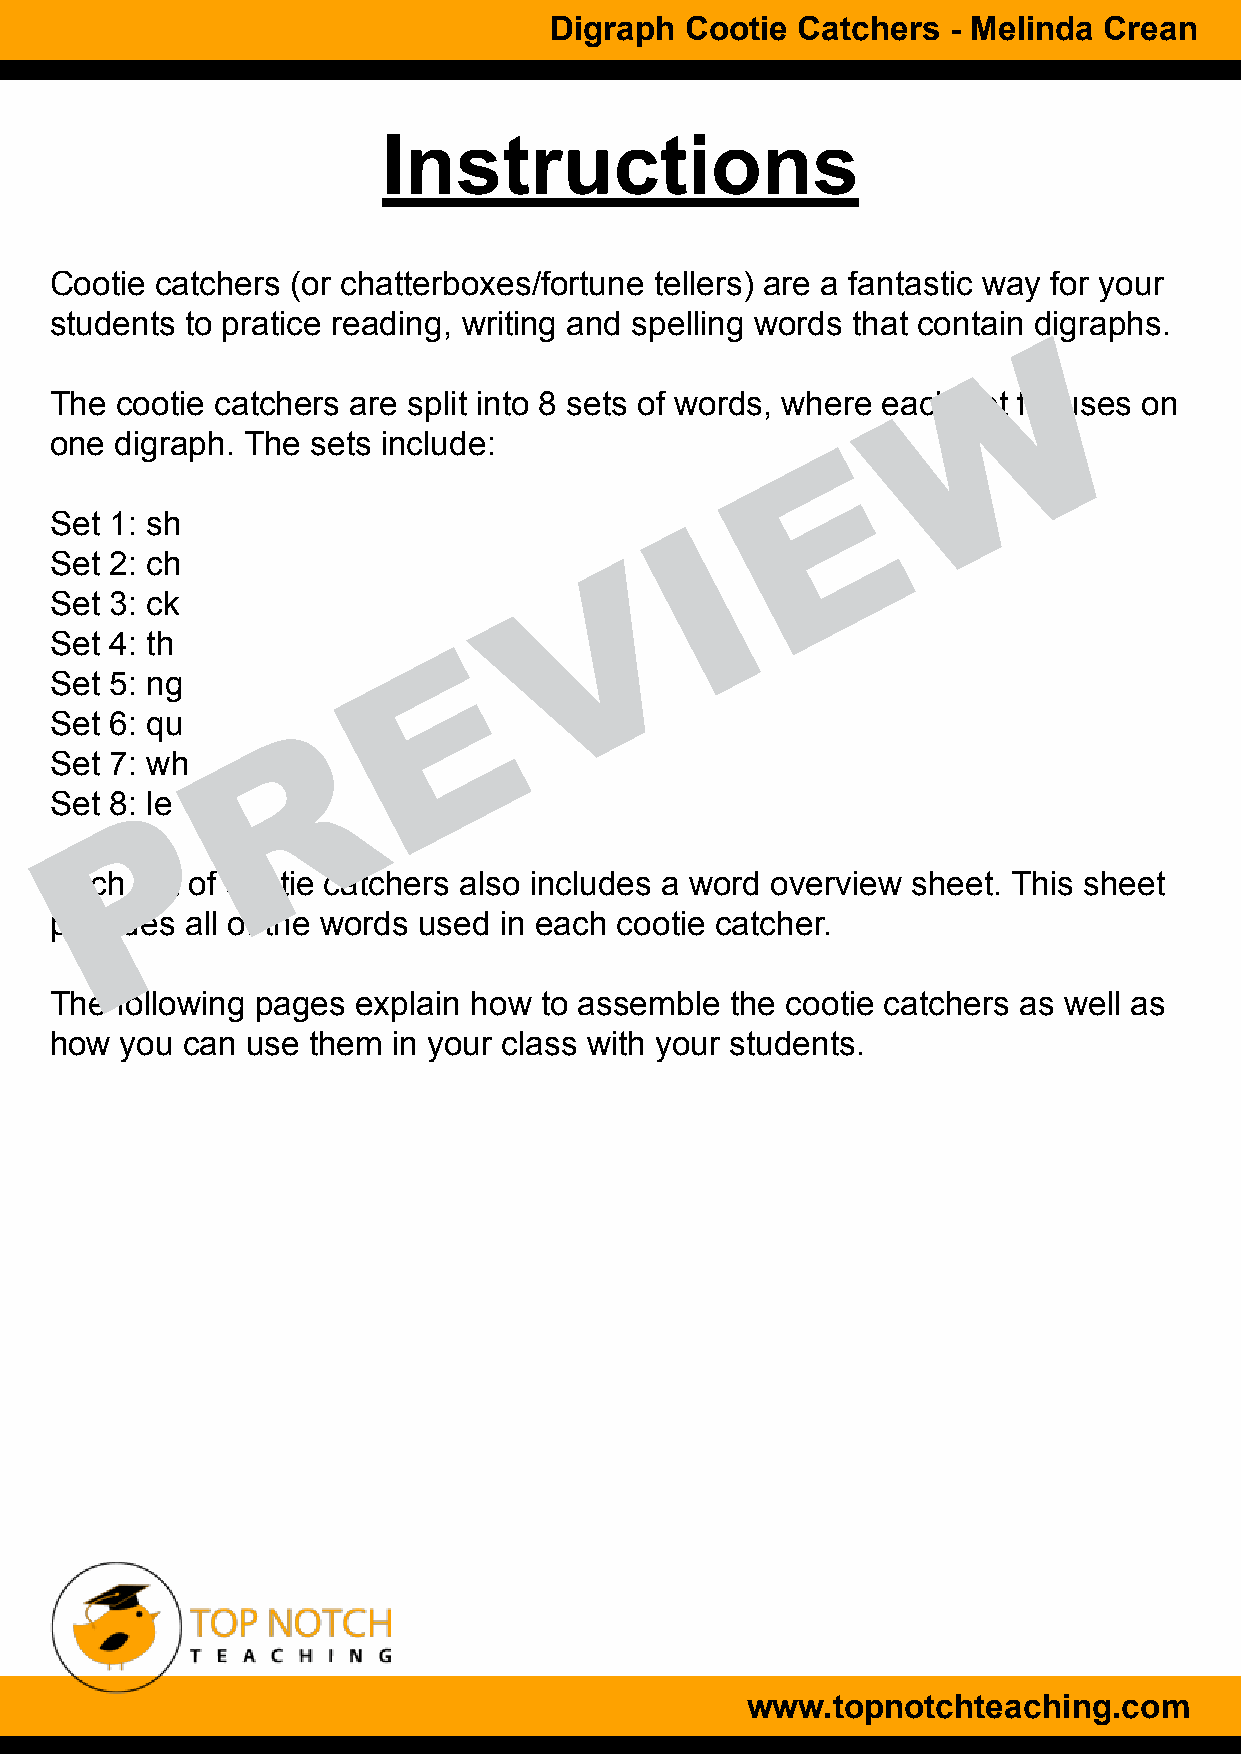
Digraph  Cootie  Catchers  - Melinda Crean
 Instructions
 Cootie catchers (or chatterboxes/fortune tellers) are a fantastic way for your
 students to pratice reading, writing and spelling words that contain digraphs.
 W
 The  cootie catchers are split into 8 sets of words, where each set focuses on
 one  digraph. The sets include:
 E
 Set 1: sh
 I
 Set 2: ch
 V
 Set 3: ck
 Set 4: th
 E
 Set 5: ng
 Set 6: qu
 R
 Set 7: wh
 Set 8: le
 P
 Each  set of cootie catchers also includes a word overview sheet. This sheet
 provides all of the words used in each cootie catcher.
 The  following pages explain how to assemble the cootie catchers as well as
 how  you can use them  in your class with your students.
 www.topnotchteaching.com